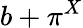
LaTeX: b+\pi^{X}